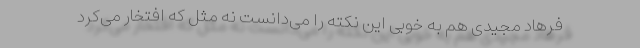
فرهاد مجیدی هم به خوبی این نکته را می‌دانست نه مثل که افتخار می‌کرد